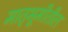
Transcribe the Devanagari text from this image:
मातृभूमीतील